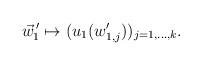
LaTeX: \begin{align*}\vec w^{\,\prime}_1 \mapsto (u_1(w'_{1,j}))_{j=1,\dots,k}.\end{align*}